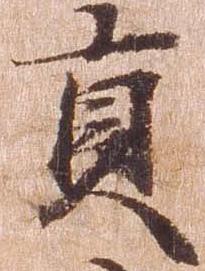
貢